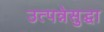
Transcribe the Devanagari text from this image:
उत्पन्नेसुद्धा